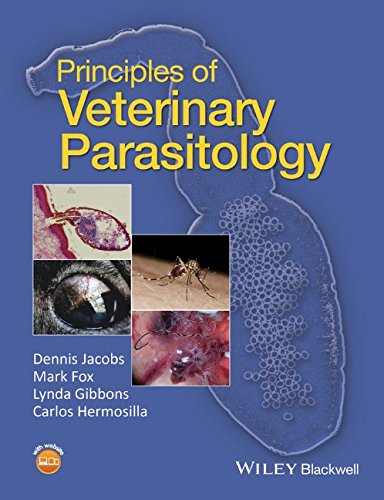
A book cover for Principles of Veterinary Parasitology; Dennis Jacobs; Medical Books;